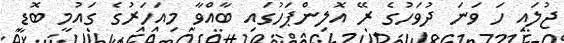
ޖުލައި ހަ ވަނަ ދުވަހުގެ ރޭ އޮލިންޕަހުގައި ބާއްވާ މިއަހަރުގެ ގައުމީ ބޮޑީ